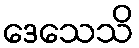
ဒေသေသိ